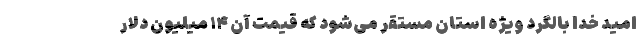
امید خدا بالگرد ویژه استان مستقر می‌شود که قیمت آن ۱۴ میلیون دلار